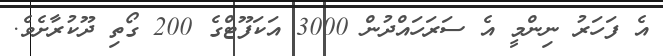
އެ ފަހަރު ނިންމީ އެ ސަރަހައްދުން 3000 އަކަފޫޓްގެ 200 ގޯތި ދޫކުރާށެވެ.